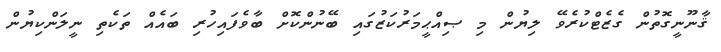
ޤާނޫނީގޮތުން ގެޒެޓްކުރެވޭ ލިޔުން މި ޞިއްޙީމަރުކަޒުގައި ބޭނުންކޮށް ބާވެފައިހުރި ބައެއް ތަކެތި ނީލަންކިޔުން